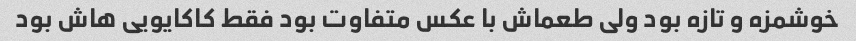
خوشمزه و تازه بود ولی طعماش با عکس متفاوت بود فقط کاکایویی هاش بود